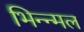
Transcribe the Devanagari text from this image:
भिन्न्मल